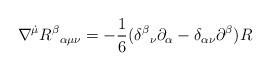
LaTeX: \begin{align*}\nabla^{\dot{\mu}}R^\beta{}_{\alpha\mu\nu}=-\frac{1}{6}(\delta^\beta{}_\nu\partial_\alpha-\delta_{\alpha\nu}\partial^\beta)R\end{align*}